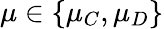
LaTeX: \mu\in\left\{ \mu_{C},\mu_{D}\right\}